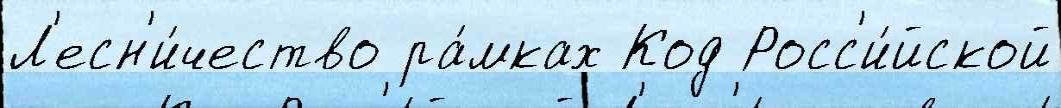
Л'есн'и́чество ра́мках Код Росс'и́йской